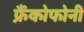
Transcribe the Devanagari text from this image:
फ्रैंकोफोनी